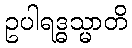
ဥပါရဒ္ဓသ္မာတိ